Juuru_vallavalitsus, lk 47
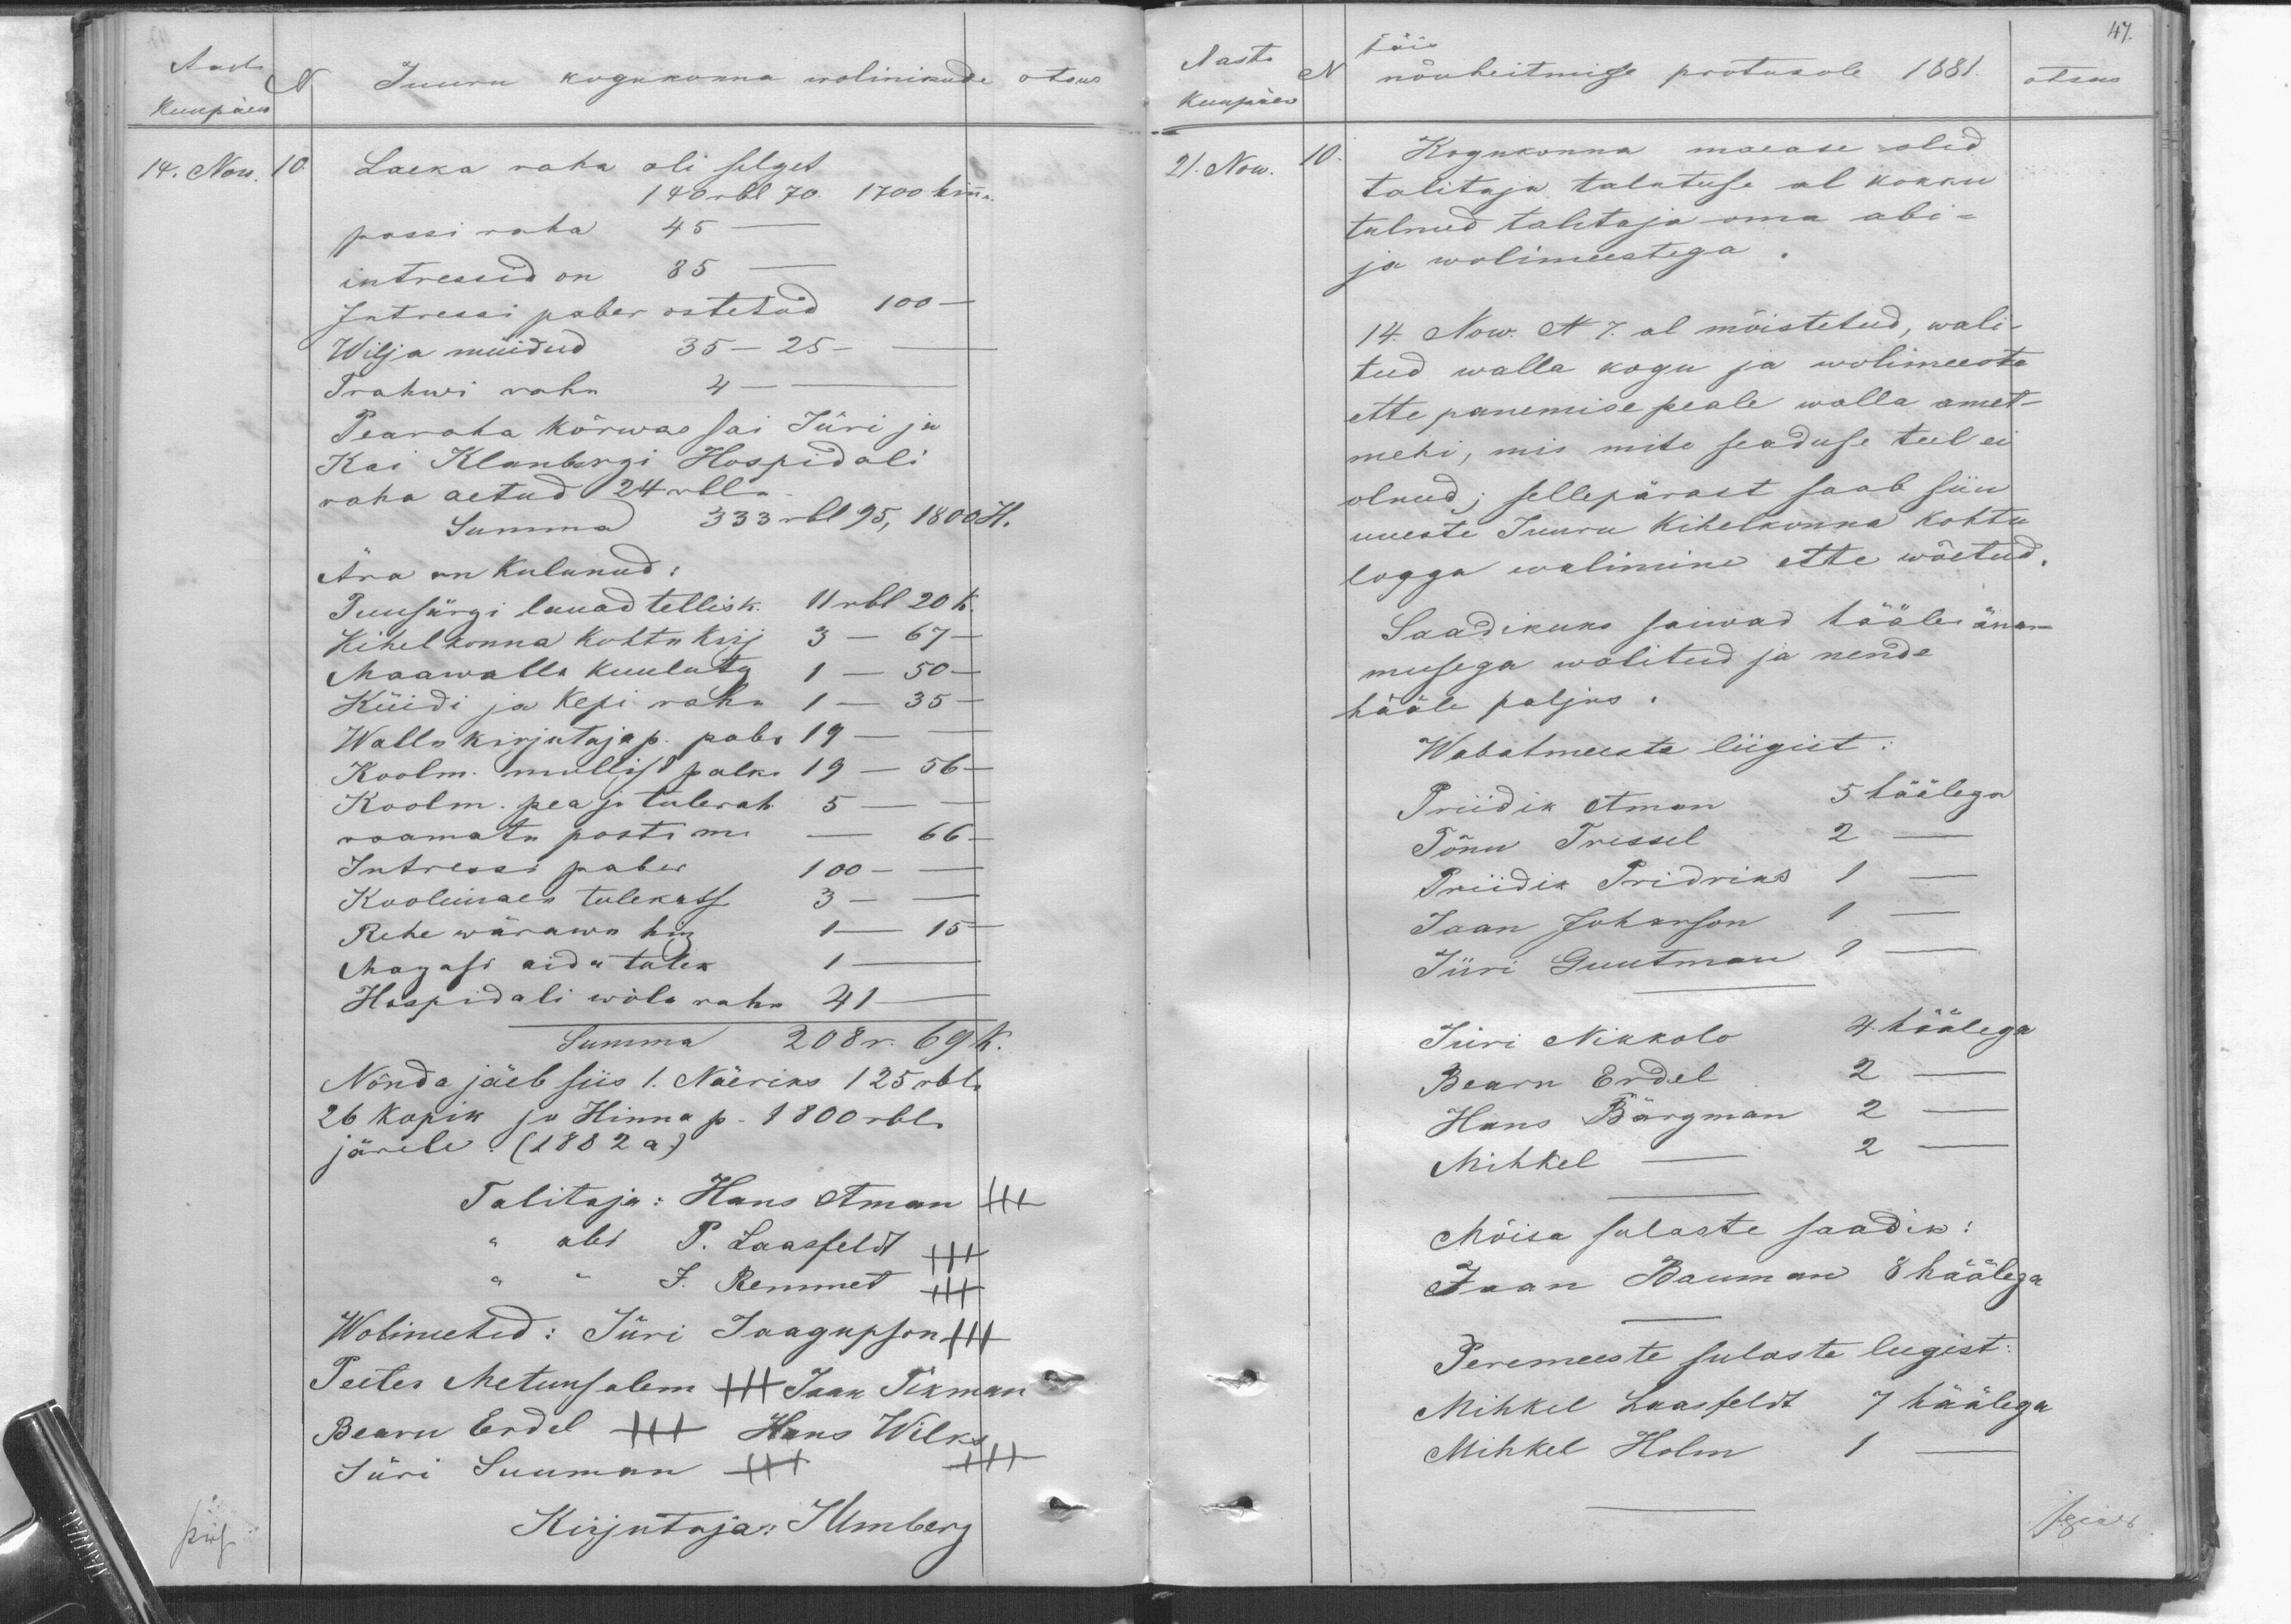
Aasta
Kuupäew
14. Now. 10.
N Juuru kogukonna wolinikude otsus
Laeka raha oli selget
140 rbl 70. 1700 kins.
passiraha 45
intressid on 85
Intressi paber ostetud 100-
Wilja müidud 35 - 25 -
Trahwi raha. 4 -
Pearaha kõrwas sai Jüri ja
Kai Klanbergi Hospidali
raha aetud 24 rbl.
Summa 333 rbl 95, 1800 H.
Ära on kulunud:
Puusärgi lauad tellisk. 11 rbl 20 k.
Kihelkonna kohtu kirj 3 - 67 -
Maawalla kuuluta 1 - 50 -
Küidi ja Kepi raha 1 - 35 -
Walla kirjutaja p. pabr 19-
Koolm mullist palkn 19 - 56 -
Koolm. pea ja tulerah. 5 -
raamatu postimi m - 66 -
Intressi paber 100 -
Kooliimaea tulekass 3
Rehe wärawo tm 1 - 15
Magasi aida tulek 1
Hospidali wõla raha 41-
Summa 208 r. 69 k.
Nõnda jäeb siis 1. Näeriks 125 rbl.
26 kopik ja Hinna p 1800 rbl.
järele (1882 a.)
Talitaja: Hans Aman
abi P. Laasfeldt
J. Remmet
Wolimehed: Jüri Jaagupson +++
Peeter Metunsalem Jaan Pikman
Bearn Erdel Hans Wilk
Jüri Suuman
Kirjutaja: J Umberg

47.
Aasta
Kuupäew
21. Now. 10
täis
N
nõuheitmise protukoll 1881.
otsus.
Kogukonna maease olid
talitaja talatuse al kokku
tulnud talitaja oma abi-
ja wolimeestega.
14. Now. N 7. al mõistetud, wali-
tud walla kogu ja wolimeeste
ette panemise peale walla amet-
mehi, mis mite seaduse teel ei
olnud; sellepärast saab siin
uueste Juuru Kihelkonna kohtu
loggu walimine ette wõetud.
Saadikuks saiwad hääle äna-
musega walitud ja nende
hääle paljus.
Wabatmeeste liigist:
Priidik Otman 5 häälega
Tõnu Tressel 2
Priidik Priidriks 1
Jaan Johanson
Jüri Guutman I
Jüri Nikkolo 4 häälega
Bearn Erdel 2
Hans Bergman 2
Mihkel - 2 -
Mõisa sulaste saadik:
Jaan Bauman 8 häälega
Peremeeste sulaste leegist:
Mihkel Laanfeldt 7 häälega
Mihkel Holm 1 -